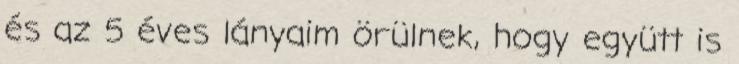
és az 5 éves lányaim örülnek, hogy együtt is